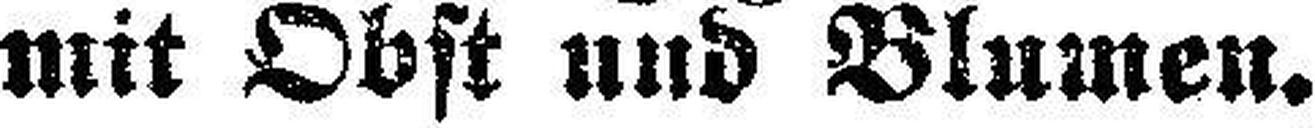
mit Obst und Blumen.